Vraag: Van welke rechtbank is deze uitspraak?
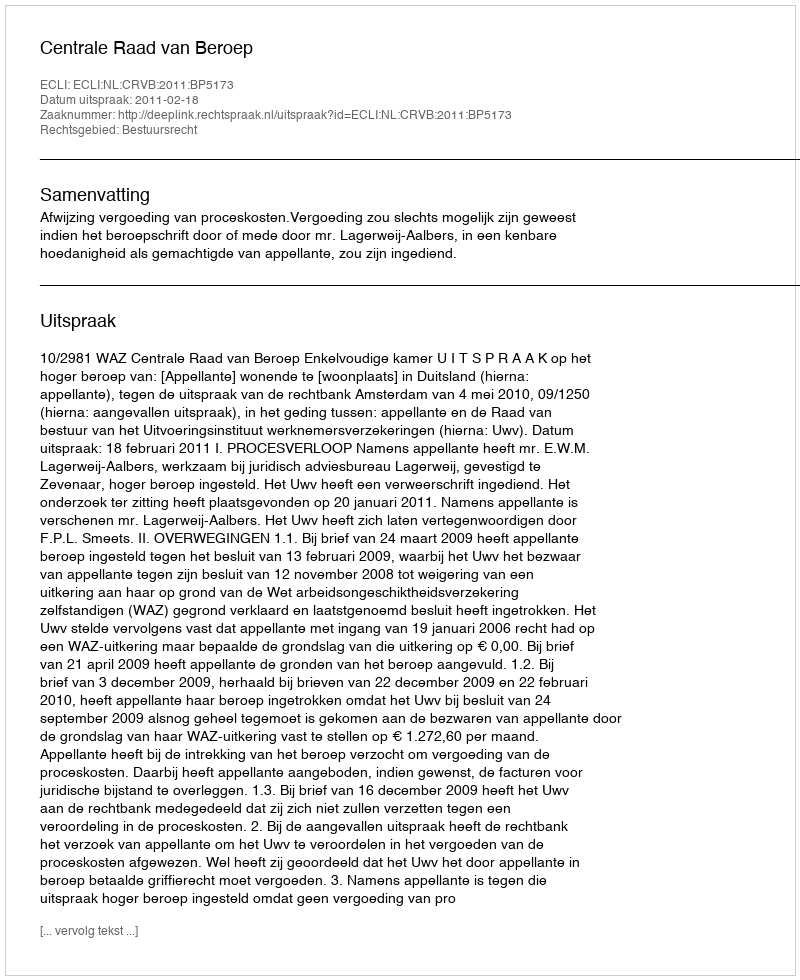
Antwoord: Centrale Raad van Beroep